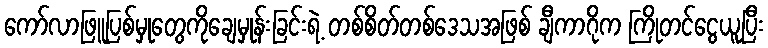
ကော်လာဖြူပြစ်မှုတွေကိုချေမှုန်းခြင်းရဲ့ တစ်စိတ်တစ်ဒေသအဖြစ် ချီကာဂိုက ကြိုတင်ငွေယူပြီး